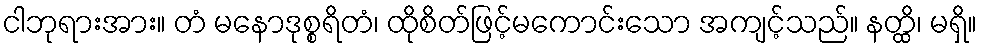
ငါဘုရားအား။ တံ မနောဒုစ္စရိတံ၊ ထိုစိတ်ဖြင့်မကောင်းသော အကျင့်သည်။ နတ္ထိ၊ မရှိ။